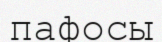
пафосы